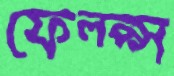
ফেল্প্স